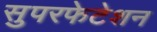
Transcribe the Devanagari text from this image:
सुपरफेटेशन